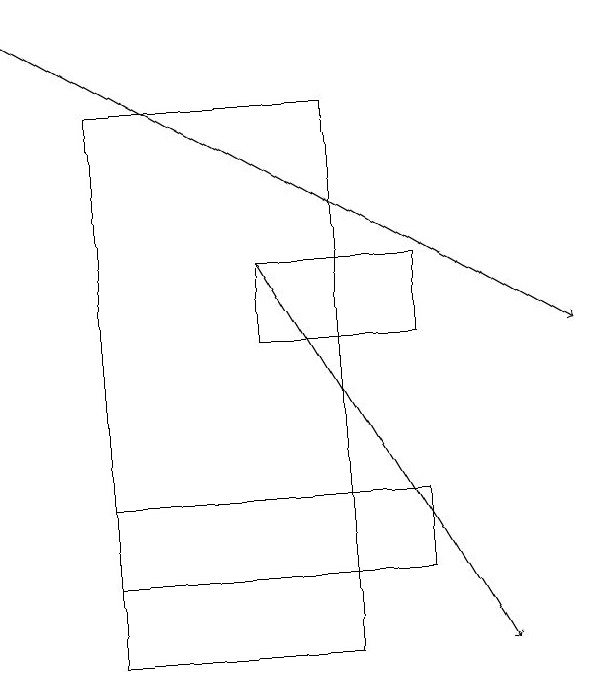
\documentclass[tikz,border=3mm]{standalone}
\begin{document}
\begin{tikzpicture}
\draw (6,15) rectangle (4,14);
\draw[->] (1,18) -- (8,14);
\draw (2,11) rectangle (6,12);
\draw[->] (4,15) -- (7,10);
\draw (5,10) rectangle (2,17);
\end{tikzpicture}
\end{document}